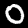
Digit: 0